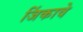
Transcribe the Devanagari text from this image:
जिंकावे